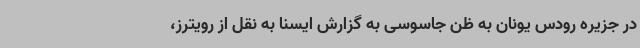
در جزیره رودس یونان به ظن جاسوسی به گزارش ایسنا به نقل از رویترز،